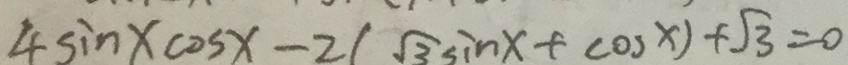
4 \sin x \cos x - 2 ( \sqrt { 3 } \sin x + \cos x ) + \sqrt { 3 } = 0